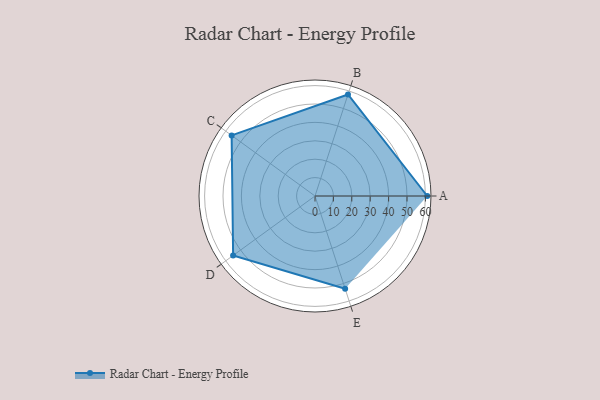
{"axis": {"x": "Skill", "y": "Score"}, "legend": ["Profile"], "data": [{"x": "A", "y": 61.0, "type": "Profile"}, {"x": "B", "y": 58.0, "type": "Profile"}, {"x": "C", "y": 56.0, "type": "Profile"}, {"x": "D", "y": 55.0, "type": "Profile"}, {"x": "E", "y": 53.0, "type": "Profile"}]}